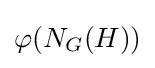
\varphi (N_{G}(H))